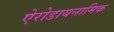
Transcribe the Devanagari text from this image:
ऐरोडायनामिक